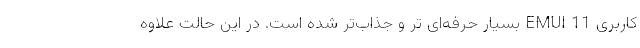
کاربری EMUI 11 بسیار حرفه‌ای تر و جذاب‌تر شده است. در این حالت علاوه